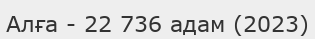
Алға - 22 736 адам (2023)